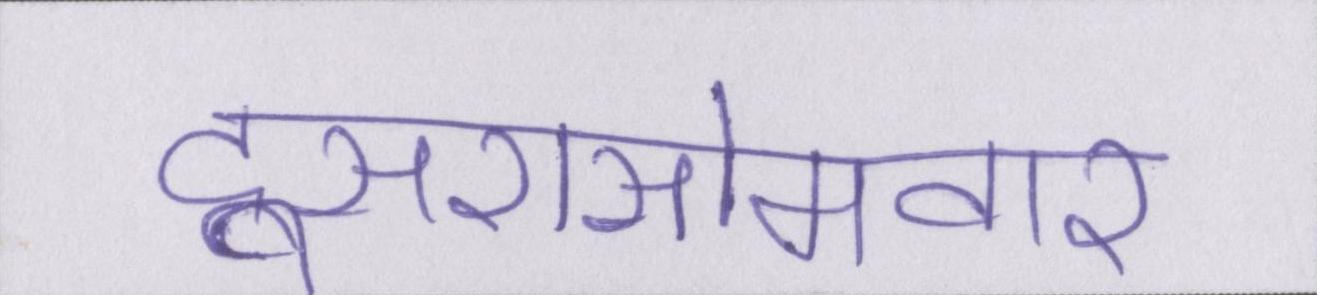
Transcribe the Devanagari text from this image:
दूसरासोमवार